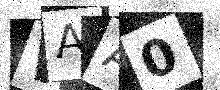
Text: WAA0